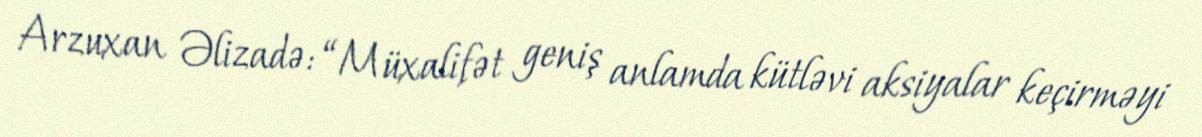
Arzuxan Əlizadə: “Müxalifət geniş anlamda kütləvi aksiyalar keçirməyi